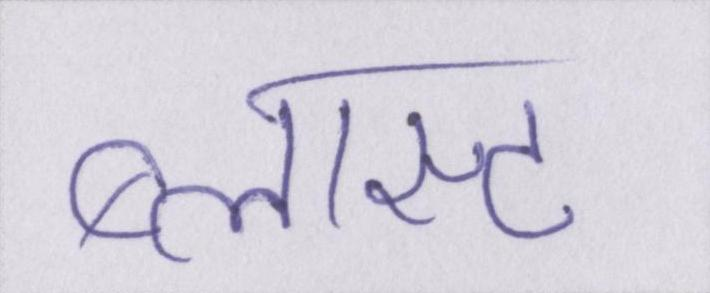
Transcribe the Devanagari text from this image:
ब्लास्ट